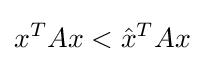
x^{T}Ax<{\hat {x}}^{T}Ax